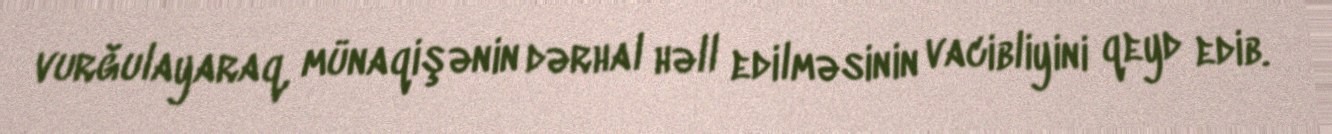
vurğulayaraq, münaqişənin dərhal həll edilməsinin vacibliyini qeyd edib.